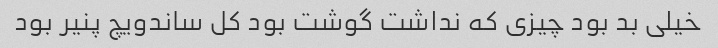
خیلی بد بود چیزی که نداشت گوشت بود کل ساندویچ پنیر بود